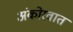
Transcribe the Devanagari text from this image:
अंकोरवात